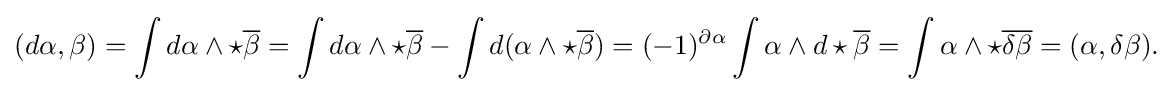
\displaystyle {(d\alpha ,\beta )=\int d\alpha \wedge \star {\overline {\beta }}=\int d\alpha \wedge \star {\overline {\beta }}-\int d(\alpha \wedge \star {\overline {\beta }})=(-1)^{\partial \alpha }\int \alpha \wedge d\star {\overline {\beta }}=\int \alpha \wedge \star {\overline {\delta \beta }}=(\alpha ,\delta \beta ).}